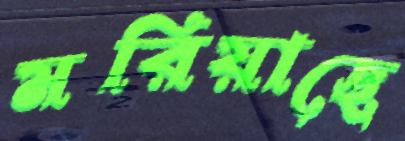
মরিয়াছে